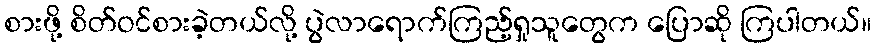
စားဖို့ စိတ်ဝင်စားခဲ့တယ်လို့ ပွဲလာရောက်ကြည့်ရှုသူတွေက ပြောဆို ကြပါတယ်။